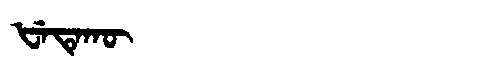
Manchu: ᡶᡝᡨᡝᡴᡡ
Romanization: FETEKŪ